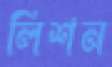
লিশন